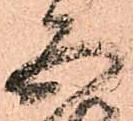
五